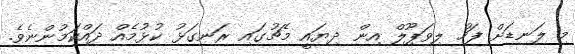
މި ލަނޑަށް ފަހު ލިވަޕޫލް އިން ދިޔައީ މެޗުގައި ރަނގަޅު ކުޅުމެއް ދައްކަމުންނެވެ.